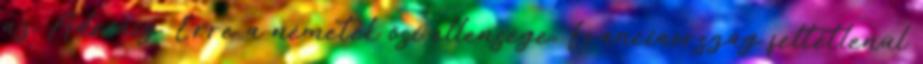
az Adriáig. Erre a németek ősi ellensége, Franciaország feltétlenül